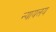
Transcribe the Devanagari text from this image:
न्‍यायलय